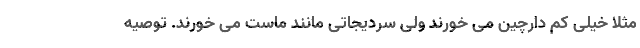
مثلاً خیلی کم دارچین می خورند ولی سردیجاتی مانند ماست می خورند. توصیه